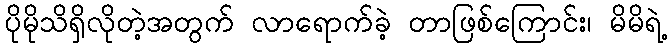
ပိုမိုသိရှိလိုတဲ့အတွက် လာရောက်ခဲ့ တာဖြစ်ကြောင်း၊ မိမိရဲ့